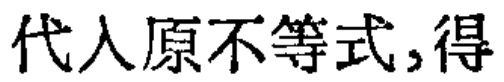
代入原不等式,得